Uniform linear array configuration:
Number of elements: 4
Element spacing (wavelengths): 0.5
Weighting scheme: uniform
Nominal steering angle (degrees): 30
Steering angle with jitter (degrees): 30.546
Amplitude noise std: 0.05
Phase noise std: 0.05

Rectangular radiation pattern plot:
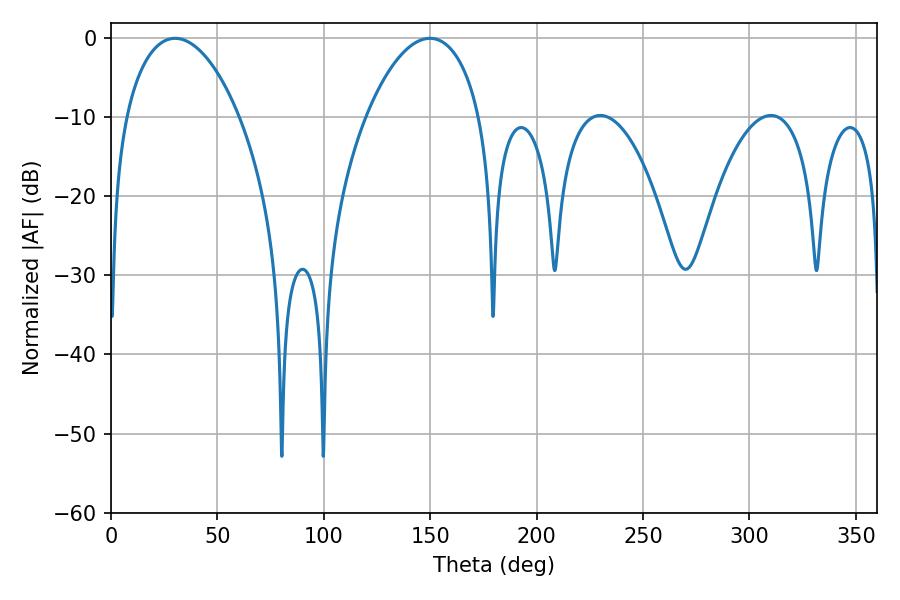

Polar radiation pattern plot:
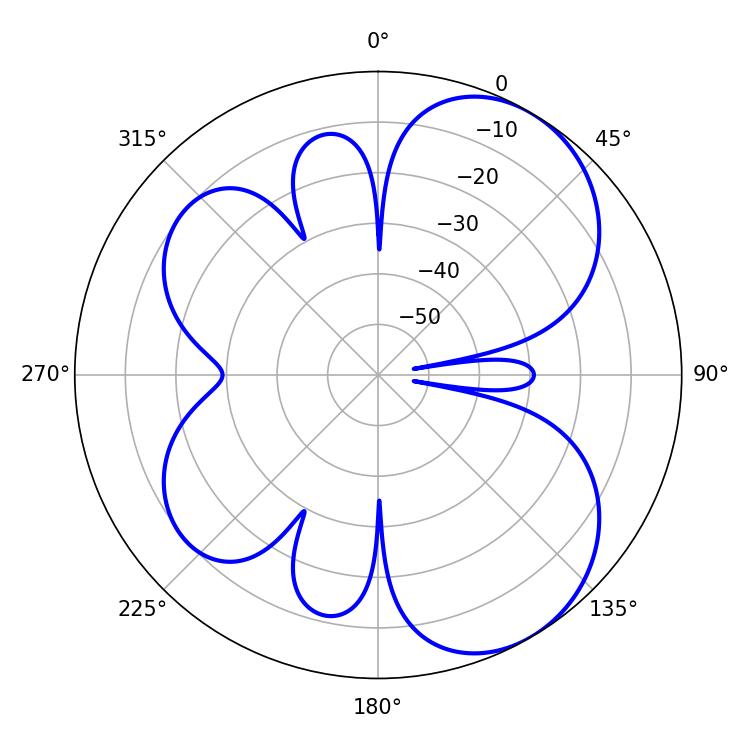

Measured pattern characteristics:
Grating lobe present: FALSE
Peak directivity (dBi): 6.074
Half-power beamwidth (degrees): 30.24
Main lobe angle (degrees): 30.06